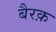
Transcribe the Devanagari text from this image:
बैरक़